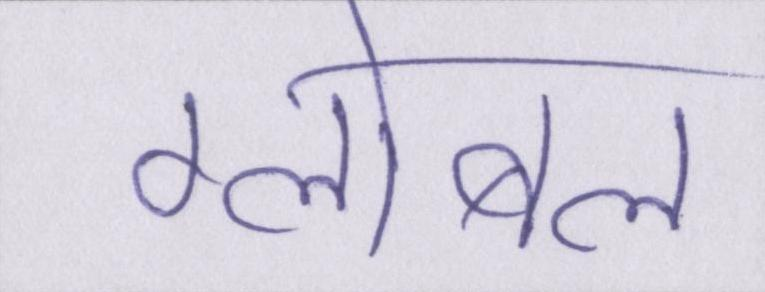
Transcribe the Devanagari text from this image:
ग्लोबल